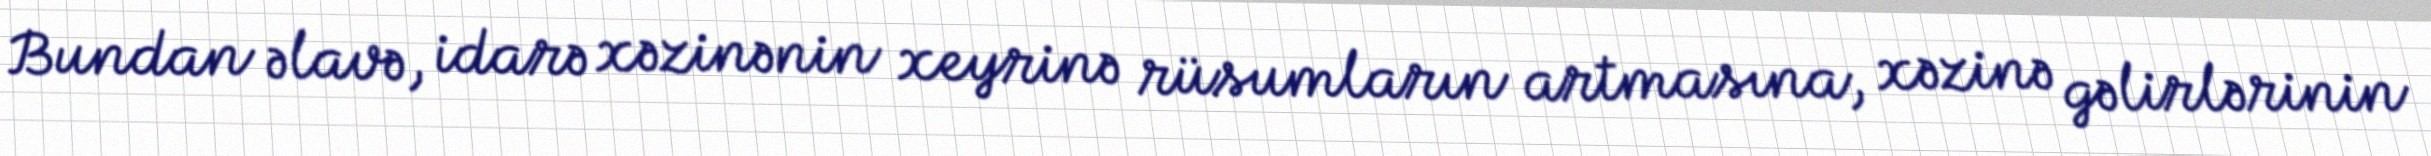
Bundan əlavə, idarə xəzinənin xeyrinə rüsumların artmasına, xəzinə gəlirlərinin